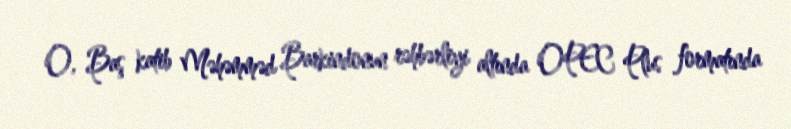
O, Baş katib Məhəmməd Barkindonun rəhbərliyi altında OPEC Plus formatında